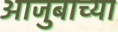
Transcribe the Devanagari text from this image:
आजुबाच्या